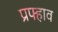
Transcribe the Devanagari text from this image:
प्रफ्हाव